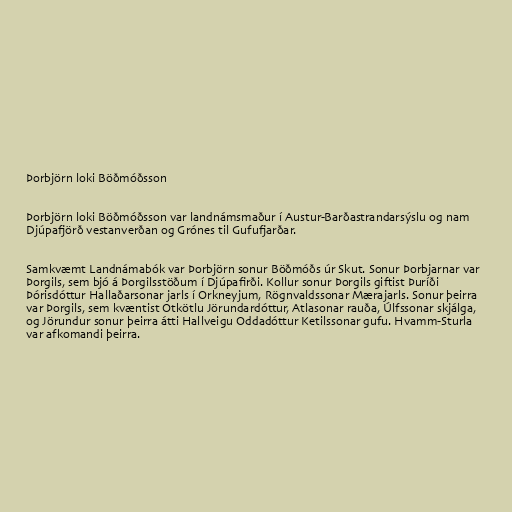
Þorbjörn loki Böðmóðsson

Þorbjörn loki Böðmóðsson var landnámsmaður í Austur-Barðastrandarsýslu og nam
Djúpafjörð vestanverðan og Grónes til Gufufjarðar.

Samkvæmt Landnámabók var Þorbjörn sonur Böðmóðs úr Skut. Sonur Þorbjarnar var
Þorgils, sem bjó á Þorgilsstöðum í Djúpafirði. Kollur sonur Þorgils giftist Þuríði
Þórisdóttur Hallaðarsonar jarls í Orkneyjum, Rögnvaldssonar Mærajarls. Sonur þeirra
var Þorgils, sem kvæntist Otkötlu Jörundardóttur, Atlasonar rauða, Úlfssonar skjálga,
og Jörundur sonur þeirra átti Hallveigu Oddadóttur Ketilssonar gufu. Hvamm-Sturla
var afkomandi þeirra.